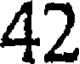
42